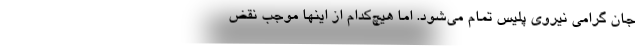
جان گرامی نیروی پلیس تمام می‌شود. اما هیچ‌کدام از اینها موجب نقض